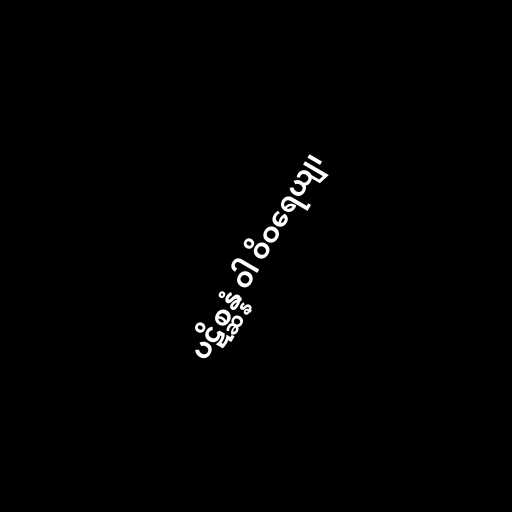
ပဋိစ္ဆန္နံ ဝါ ဝိဝရေယျ၊